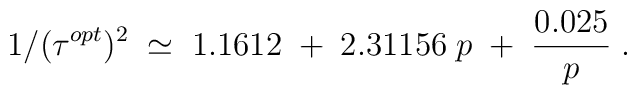
1/(\tau^{opt})^2\;\simeq\;1.1612\;+\; 2.31156\;p\;+\;{0.025\over p}\;.